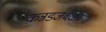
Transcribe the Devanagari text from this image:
कन्नडजवळच्या